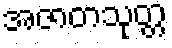
အဇာတသုတ္တ